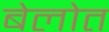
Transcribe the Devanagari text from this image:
बेलोत